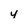
Character: 4